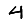
Digit: 4